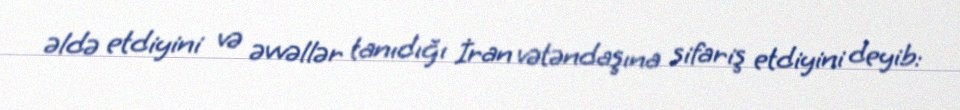
əldə etdiyini və əvvəllər tanıdığı İran vətəndaşına sifariş etdiyini deyib: